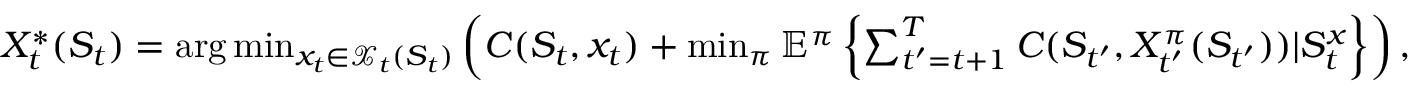
\begin{array} { r } { X _ { t } ^ { * } ( S _ { t } ) = \arg \operatorname* { m i n } _ { x _ { t } \in { \mathcal { X } _ { t } ( S _ { t } ) } } \left( C ( S _ { t } , x _ { t } ) + \operatorname* { m i n } _ { \pi } \mathbb { E } ^ { \pi } \left\{ \sum _ { t ^ { \prime } = t + 1 } ^ { T } C ( S _ { t ^ { \prime } } , X _ { t ^ { \prime } } ^ { \pi } ( S _ { t ^ { \prime } } ) ) | S _ { t } ^ { x } \right\} \right) , } \end{array}